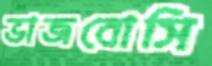
ভাজবোসি